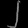
Digit: ၂